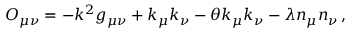
O _ { \mu \nu } = - k ^ { 2 } g _ { \mu \nu } + k _ { \mu } k _ { \nu } - \theta k _ { \mu } k _ { \nu } - \lambda n _ { \mu } n _ { \nu } \, ,